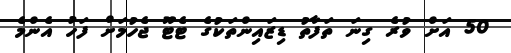
50 އަށް ވުރެ ގިނަ ތަފާތު ޑިޒައިންތަކުގެ ޓެޓޫ ޖެހުމަށް ފަހު އެންމެ